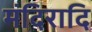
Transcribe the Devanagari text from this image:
मंदिरादि